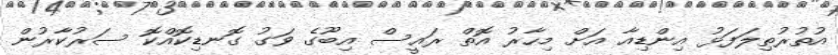
އުތުރުތިލަފަޅު އިންޑިއާ އަށް މިހާރު އޮތް ރައީސް އިބޫގެ ވަގު ގޮނޑިކޮއްކޮ ސަރުކާރުން